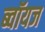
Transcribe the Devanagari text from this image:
ब्‍वॉयज